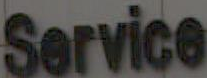
Service